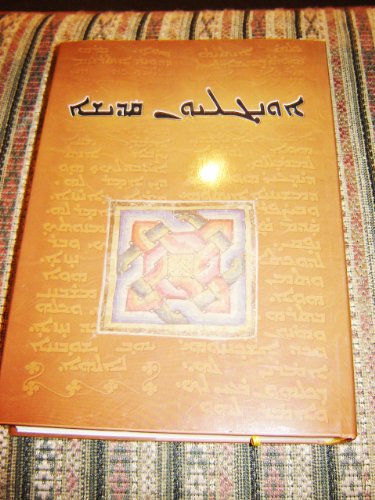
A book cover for Syriac New Testament / Suryanice Incil / Text according to the Pshitto of Mardin / Prepared in the Monastery of Mor Gabriel / Supplements: Maps and Photographs of Originals; Bible Society; Travel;